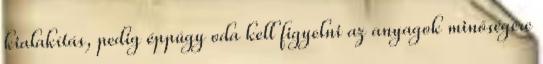
kialakítás, pedig éppúgy oda kell figyelni az anyagok minőségére